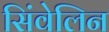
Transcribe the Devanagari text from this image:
सिंवेलिन